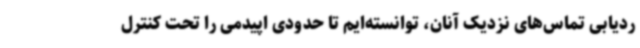
ردیابی تماس‌های نزدیک آنان، توانسته‌ایم تا حدودی اپیدمی را تحت کنترل